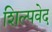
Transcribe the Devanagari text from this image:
शिल्पवेद